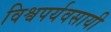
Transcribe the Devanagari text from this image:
विश्वपर्यवसायी